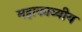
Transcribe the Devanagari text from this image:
महाकाव्यीय